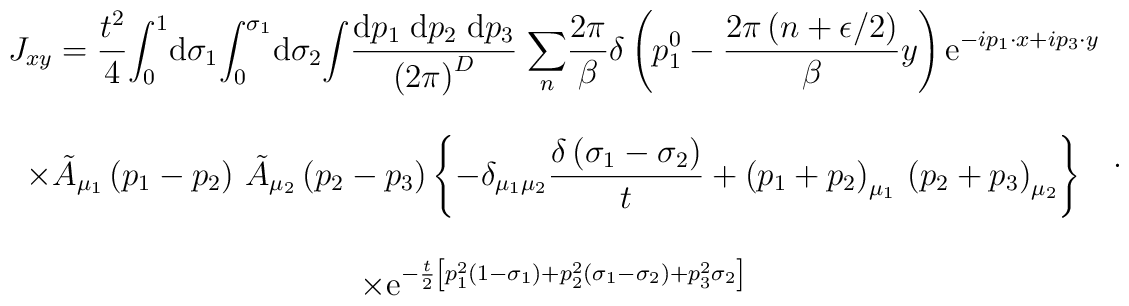
\begin{array}{c}J_{xy} = \displaystyle{\frac {t^2} {4}}         \displaystyle{\int_0^       1}{\rm d}\sigma_1         \displaystyle{\int_0^{\sigma_1}}{\rm d}\sigma_2         \displaystyle{\int}         \displaystyle{\frac{{\rm d}p_1\;{\rm d}p_2\;{\rm d}p_3}                            {\left(2\pi\right)^D}}\;\displaystyle{\sum_n} \displaystyle{\frac{2\pi}{\beta}}\delta\left(p^0_1-\displaystyle{\frac{2\pi\left(n+\epsilon/2\right)}{\beta}}y\right){\rm e}^{-i p_1\cdot x + i p_3\cdot y}\\\\\times\tilde A_{\mu_1}\left(p_1-p_2\right)\,\tilde A_{\mu_2}\left(p_2-p_3\right)\left\{-\delta_{\mu_1\mu_2}\displaystyle{\frac{\delta\left(\sigma_1-\sigma_2\right)}{t}}+\left(p_1+p_2\right)_{\mu_1}\, \left(p_2+p_3\right)_{\mu_2}\right\}\\\\\times\displaystyle{{\rm e}^{-\frac t 2\left[p_1^2\left(1-\sigma_1\right)+                          p_2^2\left(\sigma_1-\sigma_2\right)+                          p_3^2 \sigma_2\right]}}\end{array}.